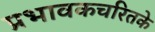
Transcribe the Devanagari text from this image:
प्रभावकचरितके